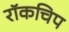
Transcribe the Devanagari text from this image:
रॉकचिप